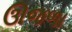
ઊજળા